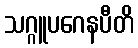
သဂ္ဂူပဂေနပီတိ